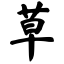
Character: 草